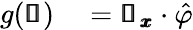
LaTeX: \begin{array}{rl}{g(\pmb{\mathscr{s}})}&{{}=\pmb{\mathscr{u}}_{\pmb{x}}\cdot\hat{\varphi}}\end{array}